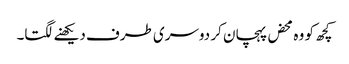
کچھ کو وہ محض پہچان کر دوسری طرف دیکھنے لگتا۔